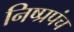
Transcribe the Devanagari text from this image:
निष्प्रपंच